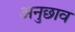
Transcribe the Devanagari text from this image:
अनुछाव